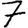
Digit: 7